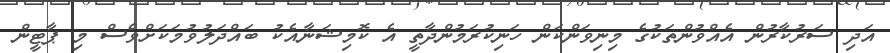
އަދި ސަރުކާރުން އެއްވުންތަކުގެ މިނިވަންކަން ހަނިކުރަމުންދާތީ އެ ކޮމިޝަނާއެކު ބައްދަލުވުމަކަށްވެސް މި ޕާޓީން